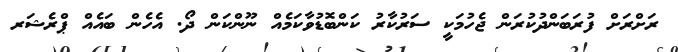
ރަށްރަށް ފުރަބަންދުކުރަން ޖެހުމަކީ ސަރުކާރު ކަންބޮޑުވާކަމެއް ނޫންކަން ދޯ. އެހެން ބައެއް ޕްރެޝަރ